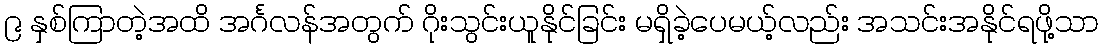
၉ နှစ်ကြာတဲ့အထိ အင်္ဂလန်အတွက် ဂိုးသွင်းယူနိုင်ခြင်း မရှိခဲ့ပေမယ့်လည်း အသင်းအနိုင်ရဖို့သာ